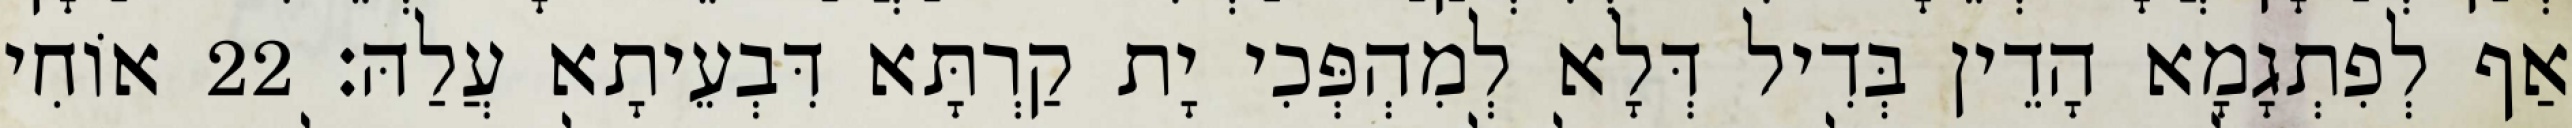
אַף לְפִתְגָמָא הָדֵין בְּדִיל דְּלָא לְמִהְפְּכִי יָת קַרְתָּא דִּבְעֵיתָא עֲלַהּ׃ 22 אוֹחִי